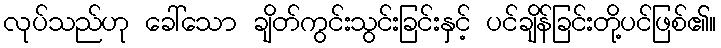
လုပ်သည်ဟု ခေါ်သော ချိတ်ကွင်းသွင်းခြင်းနှင့် ပင်ချိန်ခြင်းတို့ပင်ဖြစ်၏။